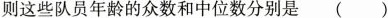
则这些队员年龄的众数和中位数分别是 （）